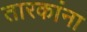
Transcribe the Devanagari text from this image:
तारकांना